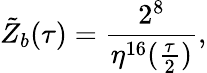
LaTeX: {\tilde{Z}}_{b}(\tau)=\frac{2^{8}}{\eta^{16}(\frac{\tau}{2})},